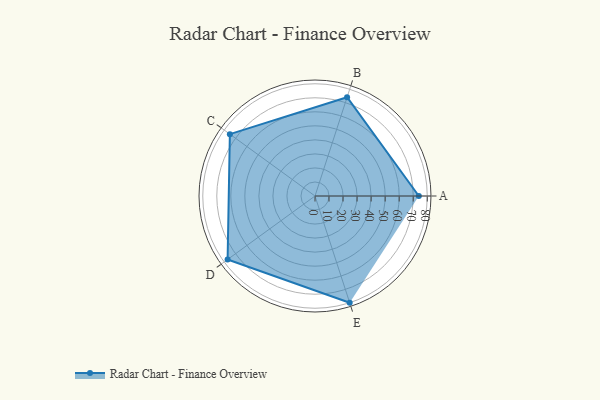
{"axis": {"x": "Skill", "y": "Score"}, "legend": ["Profile"], "data": [{"x": "A", "y": 74.0, "type": "Profile"}, {"x": "B", "y": 74.0, "type": "Profile"}, {"x": "C", "y": 75.0, "type": "Profile"}, {"x": "D", "y": 77.0, "type": "Profile"}, {"x": "E", "y": 80.0, "type": "Profile"}]}